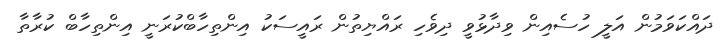
ދައްކަވަމުން އަލީ ހުސެއިން ވިދާޅުވީ ދިވެހި ރައްޔިތުން ރައީސަކު އިންތިހާބްކުރަނީ އިންތިހާބް ކުރާތާ